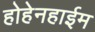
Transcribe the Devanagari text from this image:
होहेनहाईम